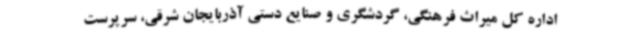
اداره کل میراث فرهنگی، گردشگری و صنایع دستی آذربایجان شرقی، سرپرست